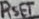
Text: RSET